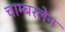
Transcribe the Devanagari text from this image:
चाम्बरलेन